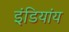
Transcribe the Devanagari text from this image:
इंडियांय